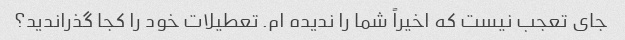
جای تعجب نیست که اخیراً شما را ندیده ام. تعطیلات خود را کجا گذراندید؟